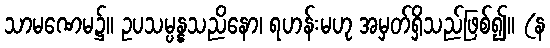
သာမဏေမ၌။ ဥပသမ္ပန္နသညိနော၊ ရဟန်းမဟု အမှတ်ရှိသည်ဖြစ်၍။ (န